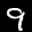
Label: 9